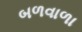
બળવાળા